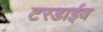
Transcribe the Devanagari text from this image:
टरडाईव